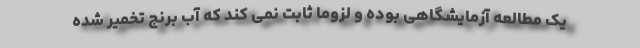
یک مطالعه آزمایشگاهی بوده و لزوما ثابت نمی کند که آب برنج تخمیر شده